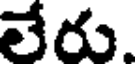
లేరు.